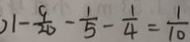
1 - \frac { 9 } { 2 0 } - \frac { 1 } { 5 } - \frac { 1 } { 4 } = \frac { 1 } { 1 0 }